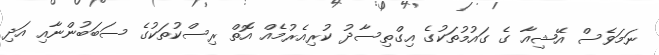
ނަމަވެސް އޭޝިއާ ގެ ގައުމުތަކުގެ އިގްތިސާދު ކުރިއެރުމެއް އޮތް ރިސްކުތަކުގެ ސަބަބުންނާއި އަދި